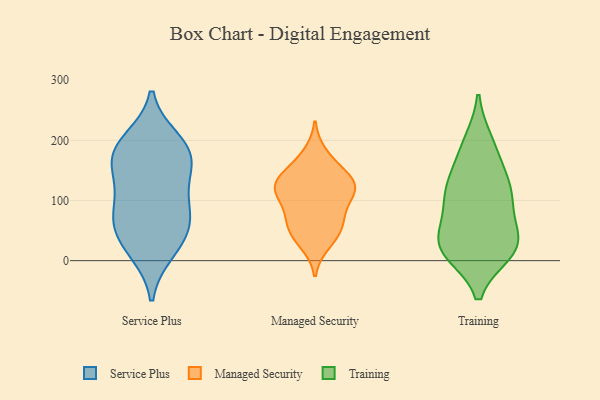
{"axis": {"x": "Population (Million)", "y": "Value"}, "legend": ["Managed Security", "Service Plus", "Training"], "data": [{"x": "", "y": 142, "type": "Service Plus"}, {"x": "", "y": 24, "type": "Service Plus"}, {"x": "", "y": 187, "type": "Service Plus"}, {"x": "", "y": 56, "type": "Service Plus"}, {"x": "", "y": 57, "type": "Service Plus"}, {"x": "", "y": 111, "type": "Service Plus"}, {"x": "", "y": 157, "type": "Service Plus"}, {"x": "", "y": 84, "type": "Service Plus"}, {"x": "", "y": 199, "type": "Service Plus"}, {"x": "", "y": 178, "type": "Service Plus"}, {"x": "", "y": 180, "type": "Service Plus"}, {"x": "", "y": 76, "type": "Service Plus"}, {"x": "", "y": 16, "type": "Service Plus"}, {"x": "", "y": 122, "type": "Managed Security"}, {"x": "", "y": 67, "type": "Managed Security"}, {"x": "", "y": 120, "type": "Managed Security"}, {"x": "", "y": 125, "type": "Managed Security"}, {"x": "", "y": 73, "type": "Managed Security"}, {"x": "", "y": 111, "type": "Managed Security"}, {"x": "", "y": 28, "type": "Managed Security"}, {"x": "", "y": 137, "type": "Managed Security"}, {"x": "", "y": 120, "type": "Managed Security"}, {"x": "", "y": 68, "type": "Managed Security"}, {"x": "", "y": 178, "type": "Managed Security"}, {"x": "", "y": 159, "type": "Managed Security"}, {"x": "", "y": 43, "type": "Managed Security"}, {"x": "", "y": 141, "type": "Managed Security"}, {"x": "", "y": 44, "type": "Managed Security"}, {"x": "", "y": 101, "type": "Managed Security"}, {"x": "", "y": 99, "type": "Training"}, {"x": "", "y": 20, "type": "Training"}, {"x": "", "y": 190, "type": "Training"}, {"x": "", "y": 26, "type": "Training"}, {"x": "", "y": 197, "type": "Training"}, {"x": "", "y": 112, "type": "Training"}, {"x": "", "y": 15, "type": "Training"}, {"x": "", "y": 107, "type": "Training"}, {"x": "", "y": 33, "type": "Training"}, {"x": "", "y": 48, "type": "Training"}, {"x": "", "y": 14, "type": "Training"}, {"x": "", "y": 142, "type": "Training"}, {"x": "", "y": 94, "type": "Training"}, {"x": "", "y": 142, "type": "Training"}, {"x": "", "y": 28, "type": "Training"}]}